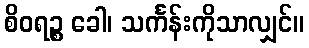
စိဝရဉ္စ ခေါ၊ သင်္ကန်းကိုသာလျှင်။